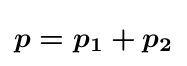
{\boldsymbol {p=p_{1}+p_{2}}}